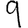
Digit: 9